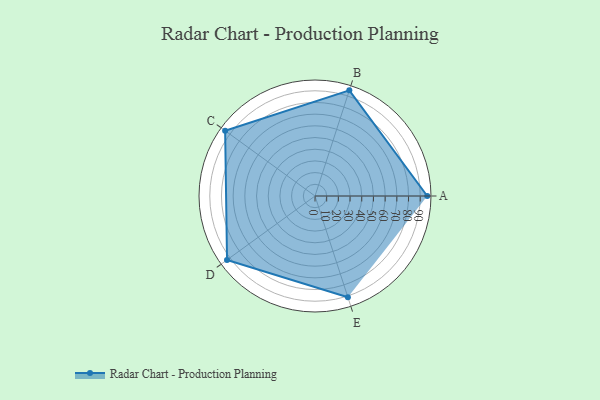
{"axis": {"x": "Skill", "y": "Score"}, "legend": ["Profile"], "data": [{"x": "A", "y": 96.0, "type": "Profile"}, {"x": "B", "y": 95.0, "type": "Profile"}, {"x": "C", "y": 95.0, "type": "Profile"}, {"x": "D", "y": 93.0, "type": "Profile"}, {"x": "E", "y": 91.0, "type": "Profile"}]}